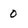
Character: 0